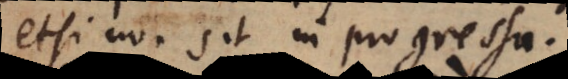
etsi non sit in progressu.